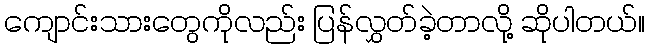
ကျောင်းသားတွေကိုလည်း ပြန်လွှတ်ခဲ့တာလို့ ဆိုပါတယ်။